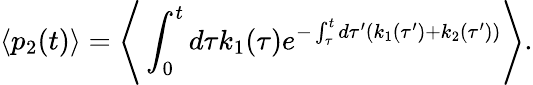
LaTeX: \langle p_{2}(t)\rangle=\Bigg\langle\int_{0}^{t}d\tau k_{1}(\tau)e^{-\int_{\tau}^{t}d\tau^{\prime}(k_{1}(\tau^{\prime})+k_{2}(\tau^{\prime}))}\Bigg\rangle.